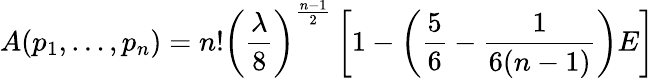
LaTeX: A(p_{1},\ldots,p_{n})=n!\left({\frac{\lambda}{8}}\right)^{\frac{n-1}{2}}\left[1-\left({\frac{5}{6}}-{\frac{1}{6(n-1)}}\right)E\right]